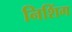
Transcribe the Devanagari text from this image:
निशिंग